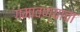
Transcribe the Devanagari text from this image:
गमावण्याचा